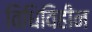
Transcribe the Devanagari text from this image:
विधिविहीन